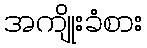
အကျိုးခံစား